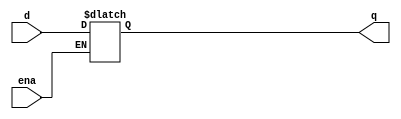
module top_module (
    input d, 
    input ena,
    output q);
    always @(*) begin
        if(ena) q=d;
        else q=q;
    end
endmodule